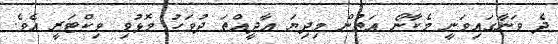
ދެ ވަނާގައިވަނީ މެކާނޯ އަތުން މިދިޔަ އާދީއްތަ ދުވަހު މޮޅުވި ވިކްޓަރީ އެވެ.